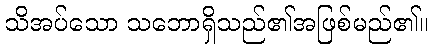
သိအပ်သော သဘောရှိသည်၏အဖြစ်မည်၏။